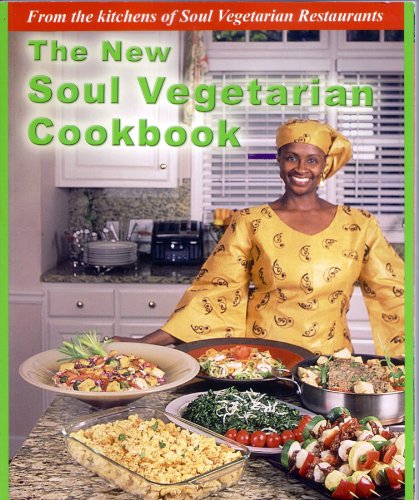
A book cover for The New Soul Vegetarian Cookbook; Yafah Asiel; Cookbooks, Food & Wine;